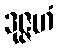
ဒုဇ္ဇဟံ